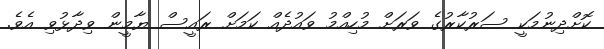
ކޮށްދިނުމަކީ ސަރުކާރުގެ ވަރަށް މުހިއްމު ވައުދެއް ކަމަށް ރައީސް ޔާމީން ވިދާޅުވި އެވެ.